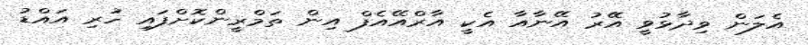
އެލަން ވިދާޅުވީ އޭރު އޭނާއާ އެކީ އާރްއޭއެފް އިން ތަމްރީންކޮށްފައި ހުރި އައްޑު